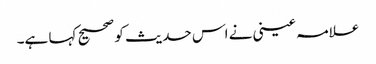
علامہ عینی نے اس حدیث کو صحیح کہا ہے۔